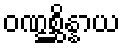
ဝဏ္ဋစ္ဆိန္နာယ